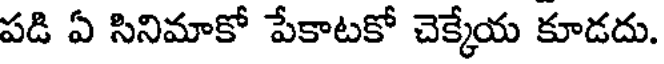
పడి ఏ సినిమాకో పేకాటకో చెక్కేయ కూడదు.